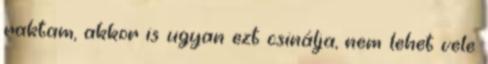
raktam, akkor is ugyan ezt csinálja, nem lehet vele